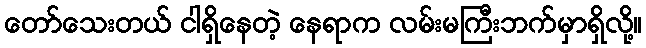
တော်သေးတယ် ငါရှိနေတဲ့ နေရာက လမ်းမကြီးဘက်မှာရှိလို့။